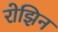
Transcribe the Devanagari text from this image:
रोझिन